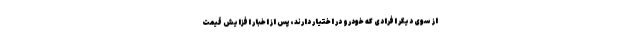
از سوی دیگر افرادی که خودرو در اختیار دارند، پس از اخبار افزایش قیمت